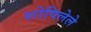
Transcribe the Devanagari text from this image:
शोषिलेले